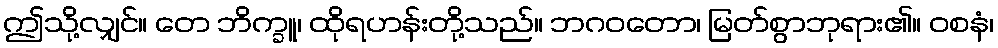
ဤသို့လျှင်။ တေ ဘိက္ခူ၊ ထိုရဟန်းတို့သည်။ ဘဂဝတော၊ မြတ်စွာဘုရား၏။ ဝစနံ၊